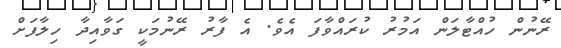
ރޭނުން ހުއްޓާލަން އަމުރު ކުރައްވާފަ އެވެ. އެ ފާރު ރޭނުމަކީ ގަވާއިދާ ހިލާފަށް